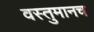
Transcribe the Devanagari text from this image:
वस्तुमानच